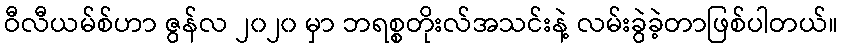
ဝီလီယမ်စ်ဟာ ဇွန်လ ၂၀၂၀ မှာ ဘရစ္စတိုးလ်အသင်းနဲ့ လမ်းခွဲခဲ့တာဖြစ်ပါတယ်။